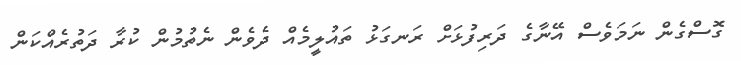
ގޮސްގެން ނަމަވެސް އޭނާގެ ދަރިފުޅަށް ރަނގަޅު ތައުލީމެއް ދެވެން ނެތުމުން ކުރާ ދަތުރެއްކަން